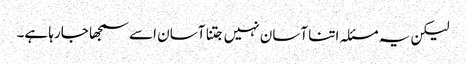
لیکن یہ مسئلہ اتنا آسان نہیں جتنا آسان اسے سمجھا جارہا ہے۔